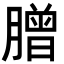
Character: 𦠇